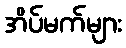
အိပ်မက်များ